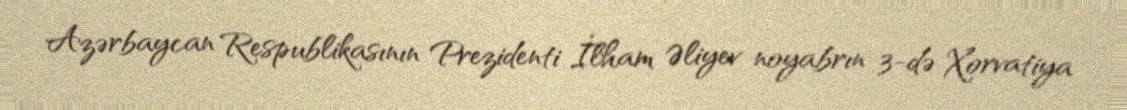
Azərbaycan Respublikasının Prezidenti İlham Əliyev noyabrın 3-də Xorvatiya